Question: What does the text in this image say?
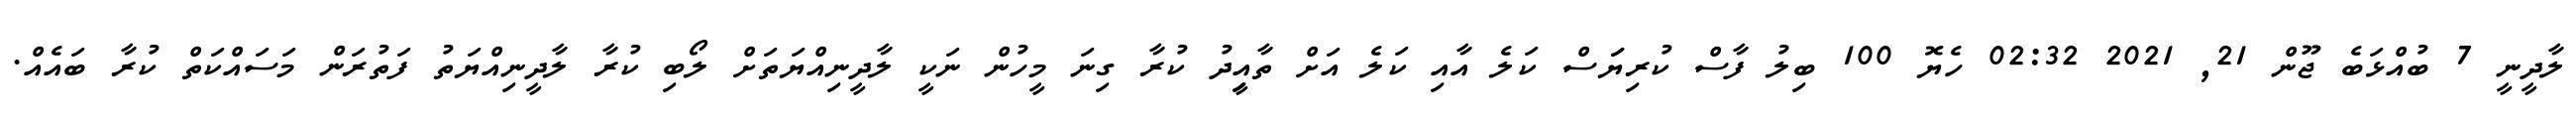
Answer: ލާދީނީ 7 ބުއްޅަބެ ޖޫން 21, 2021 02:32 ހެޔޮ 100 ބިލު ފާސް ކުރިޔަަސް ކަލެ އާއި ކަލެ އަށް ތާއިީދު ކުރާ ގިނަ މީހުން ނަކީ ލާދީނިއްޔަތަށް ލޯބި ކުރާ ލާދީނިއްޔަތު ފަތުރަން މަސައްކަތް ކުރާ ބައެއް.